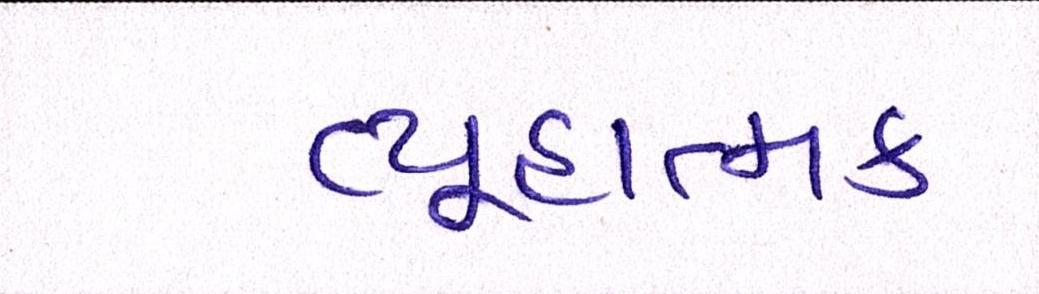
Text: વ્યૂહાત્મક